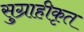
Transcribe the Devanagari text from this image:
सुग्राहीकृत